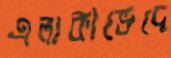
এলাকাভেদে